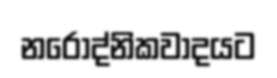
නරොද්නිකවාදයට